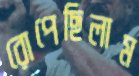
রোপেছিলাম